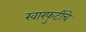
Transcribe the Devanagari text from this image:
खारफुटींचे